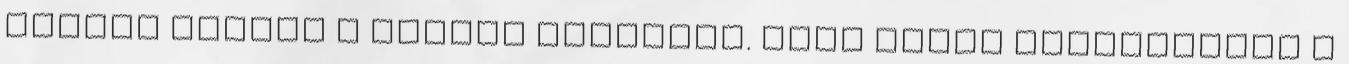
nagyon vártam a tavasz hírnökét. Sose fogom elfelejteni a